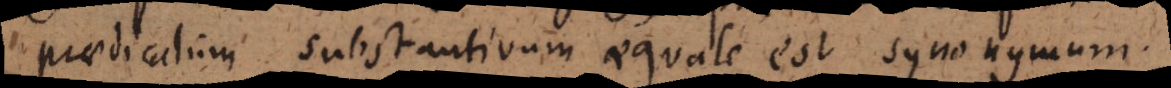
praedicatum substantivum aequale est synonymum.